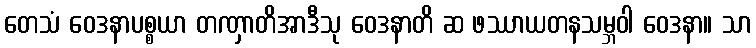
တေသံ ဝေဒနာပစ္စယာ တဏှာတိအာဒီသု ဝေဒနာတိ ဆ ဖဿာယတနသမ္ဘဝါ ဝေဒနာ။ သာ